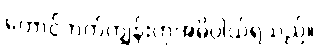
တောင်ဘက်ကျွန်းဟုအဓိပ္ပါယ်ရသည်။